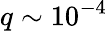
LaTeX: q\sim 10^{-4}